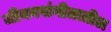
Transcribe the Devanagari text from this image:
जीवनसंगीतातील